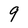
Character: 9